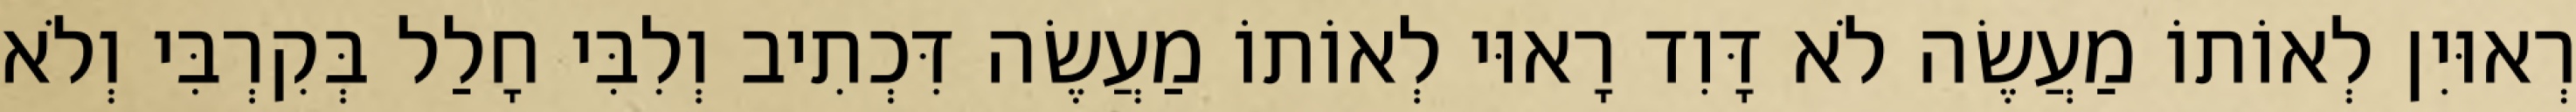
רְאוּיִן לְאוֹתוֹ מַעֲשֶׂה לֹא דָּוִד רָאוּי לְאוֹתוֹ מַעֲשֶׂה דִּכְתִיב וְלִבִּי חָלַל בְּקִרְבִּי וְלֹא